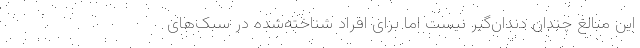
این مبالغ چندان دندان‌گیر نیست اما برای افراد شناخته‌شده در سبک‌های